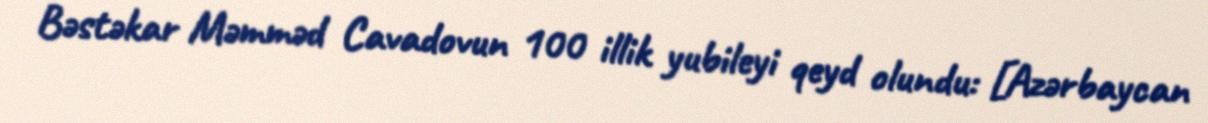
Bəstəkar Məmməd Cavadovun 100 illik yubileyi qeyd olundu: [Azərbaycan